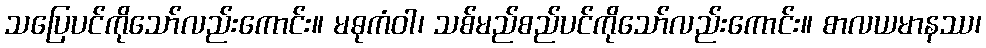
သပြေပင်ကိုသော်လည်းကောင်း။ မဓုကံဝါ၊ သစ်မည်စည်ပင်ကိုသော်လည်းကောင်း။ စာလယမာနဿ၊